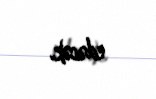
edəcək.